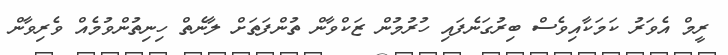
ރީމް އެވަރު ކަމަކާއިވެސް ބިރުގަނެފައި ހުރުމުން ޒަކްވާން ތުންފަތަށް ލާނެތް ހިނިތުންވުމެއް ވެރިވާން